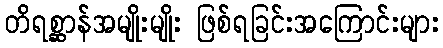
တိရစ္ဆာန်အမျိုးမျိုး ဖြစ်ရခြင်းအကြောင်းများ